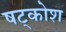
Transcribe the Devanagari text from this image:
षट्कोश